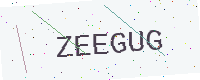
Text: ZEEGUG